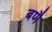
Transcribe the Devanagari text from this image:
बणै